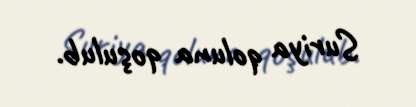
Suriya qoluna qoşulub.